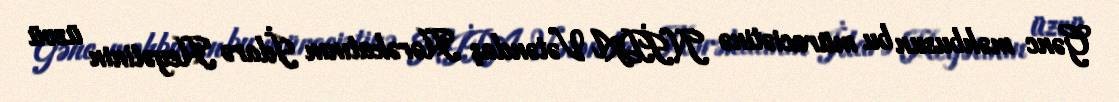
Gənc məhbusun bu müraciətinə NİDA Vətəndaş Hərəkatının İdarə Heyətinin üzvü